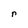
Character: r